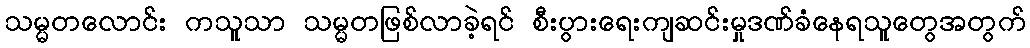
သမ္မတလောင်း ကသူသာ သမ္မတဖြစ်လာခဲ့ရင် စီးပွားရေးကျဆင်းမှုဒဏ်ခံနေရသူတွေအတွက်